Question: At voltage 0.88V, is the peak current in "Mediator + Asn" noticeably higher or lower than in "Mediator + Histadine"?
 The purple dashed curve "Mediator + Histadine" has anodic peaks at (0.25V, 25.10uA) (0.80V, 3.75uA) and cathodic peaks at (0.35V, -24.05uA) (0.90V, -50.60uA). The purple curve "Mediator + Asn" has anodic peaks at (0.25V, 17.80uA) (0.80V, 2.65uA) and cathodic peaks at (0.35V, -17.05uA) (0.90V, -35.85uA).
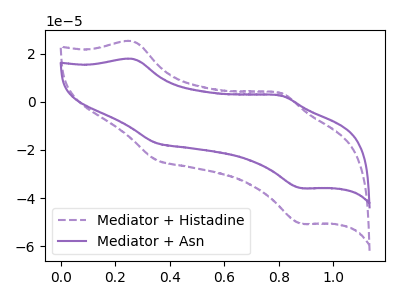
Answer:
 <answer>The peak at 0.88V is lower in "Mediator + Asn" than in "Mediator + Histadine".</answer>
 <eval>lower</eval>